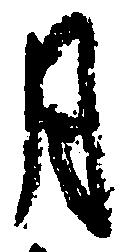
月